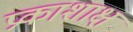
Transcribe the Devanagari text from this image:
प्रकाशाक्ष